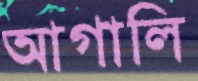
আগালি